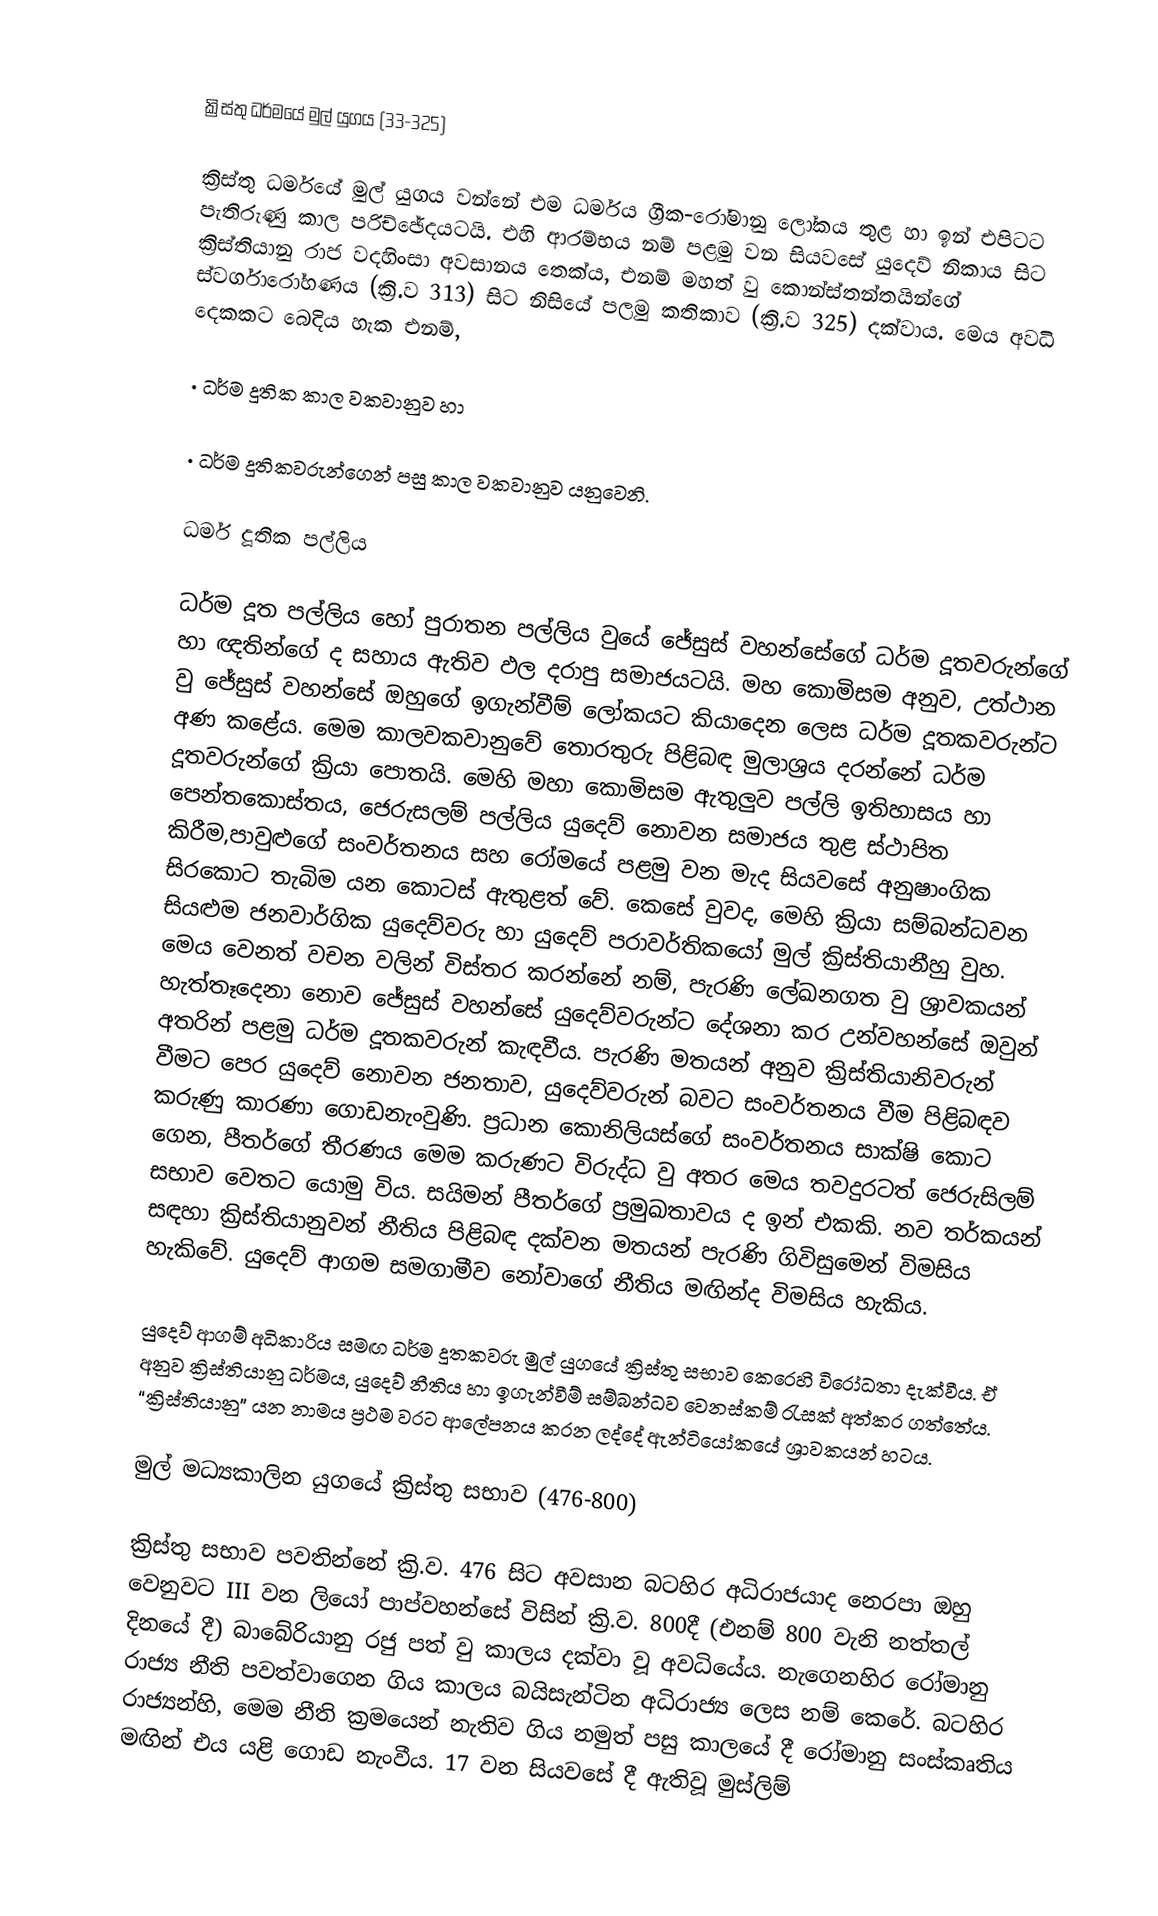

ක්‍රිස්තු ධර්මයේ මුල් යුගය (33-325)

ක්‍රිස්තු ධර්මයේ මුල් යුගය වන්නේ එම ධර්මය  ග්‍රීක-රෝමානු ලෝකය තුළ හා ඉන් එපිටට පැතිරුණු කාල පරිච්ඡේදයටයි. එහි ආරම්භය නම් පළමු වන සියවසේ යුදෙව් නිකාය සිට ක්‍රිස්තියානු රාජ වදහිංසා අවසානය තෙක්ය, එනම් මහත් වු කොන්ස්තන්තයින්ගේ ස්වර්ගාරෝහණය (ක්‍රි.ව 313) සිට නිසියේ පලමු කතිකාව (ක්‍රි.ව 325) දක්වාය. මෙය අවධි දෙකකට බෙදිය හැක එනම්,

·	ධර්ම දූතික කාල වකවානුව හා

·	ධර්ම දූතිකවරුන්ගෙන් පසු කාල වකවානුව යනුවෙනි.

ධර්ම දූතික පල්ලිය

ධර්ම දූත පල්ලිය හෝ පුරාතන පල්ලිය වුයේ ජේසුස් වහන්සේගේ ධර්ම දූතවරුන්ගේ  හා ඥති‍න්ගේ ද සහාය ඇතිව ඵල දරාපු සමාජයටයි. මහ කොමිසම අනුව, උත්ථාන වු ජේසුස් වහන්සේ ඔහුගේ ඉගැන්වීම් ලෝකයට කියාදෙන ලෙස ධර්ම දූතකවරුන්‍ට අණ කළේය. මෙම කාලවකවානුවේ තොරතුරු පිළිබඳ මුලාශ්‍රය දරන්නේ ධර්ම දූතවරුන්ගේ ක්‍රියා පොතයි. මෙහි මහා කොමිසම ඇතුලුව පල්ලි ඉතිහාසය හා පෙන්තකොස්තය, ජෙරුසලම් පල්ලිය යුදෙව් නොවන සමාජය තුළ ස්ථාපිත කිරීම,පාවුළුගේ සංවර්තනය සහ රෝමයේ පළමු වන මැද සිය‍වසේ අනුෂාංගික සිරකොට තැබිම යන කොටස් ඇතුළත් වේ. කෙසේ වුවද, මෙහි ක්‍රියා සම්බන්ධවන සියළුම ජනවාර්ගික යුදෙව්වරු හා යුදෙව් පරාවර්තිකයෝ මුල් ක්‍රිස්තියානීහු වුහ. මෙය වෙනත් වචන වලින් විස්තර කරන්නේ නම්, පැරණි ලේඛනගත වු ශ්‍රාවකයන් හැත්තෑදෙනා නොව ජේසුස් වහන්සේ යුදෙව්වරුන්ට දේශනා කර උන්වහන්සේ  ඔවුන් අතරින් පළමු ධර්ම දූතකවරුන් කැඳවීය. පැරණි මතයන් අනුව ක්‍රිස්තියානිවරුන් වීමට පෙර යුදෙව් නොවන ජනතාව, යුදෙව්වරුන් බවට සංවර්තනය වීම පිළිබඳව කරුණු කාරණා ගොඩනැංවු‍ණි. ප්‍රධාන කොනිලියස්ගේ සංවර්තනය සාක්ෂි කොට ගෙන, පීතර්ගේ තීරණය මෙම කරුණට විරුද්ධ වු අතර මෙය තවදුරටත් ජෙරුසිලම් සභාව වෙතට යොමු විය. සයිමන් පීතර්ගේ ප්‍රමුඛතාවය ද ඉන් එකකි. නව තර්කයන් සඳහා ක්‍රිස්තියානුවන් නීතිය පිළිබඳ දක්වන මතයන් පැරණි ගිවිසුමෙන් විමසිය හැකිවේ. යුදෙව් ආගම ‍සමගාමීව නෝවාගේ නීතිය මඟින්ද විමසිය හැකිය.

යුදෙව් ආගම් අධිකාරිය සමඟ ධර්ම දූතකවරු මුල් යුගයේ ක්‍රිස්තු සභාව කෙරෙහි විරෝධතා දැක්වීය. ඒ අනුව ක්‍රිස්තියානු ධර්මය, යුදෙව් නීතිය හා ඉගැන්වීම් සම්බන්ධව වෙනස්කම් රැසක් අත්කර ගත්තේය. “ක්‍රිස්තියානු” යන නාමය ප්‍රථම වරට ආලේපනය කරන ලද්දේ ඇන්ටියෝකයේ ශ්‍රාවකයන් හටය.

මුල් මධ්‍යකාලින යුගයේ ක්‍රිස්තු සභාව (476-800)

ක්‍රිස්තු සභාව පවතින්නේ ක්‍රි.ව. 476 සිට අවසාන ‍බටහිර අධිරාජයාද නෙරපා ඔහු වෙනුවට III වන ලියෝ පාප්වහන්සේ විසින් ක්‍රි.ව. 800දී (එනම් 800 වැනි නත්තල් දිනයේ දී) බාබේරියානු රජු පත් වු කාලය දක්වා වූ අවධියේය. නැගෙනහිර රෝමානු රාජ්‍ය නීති පවත්වාගෙන ගිය කාලය බයිසැන්ටින අධිරාජ්‍ය ලෙස නම් කෙරේ. බටහිර රාජ්‍යන්හි, මෙම නීති ක්‍රමයෙන් නැතිව ගිය නමුත් පසු කාලයේ දී රෝමානු සංස්කෘතිය මඟින් එය යළි ගොඩ නැංවීය. 17 වන සියවසේ දී ඇතිවූ  මුස්ලිම්